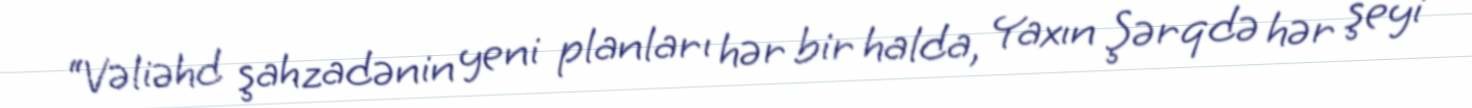
“Vəliəhd şahzadənin yeni planları hər bir halda, Yaxın Şərqdə hər şeyi